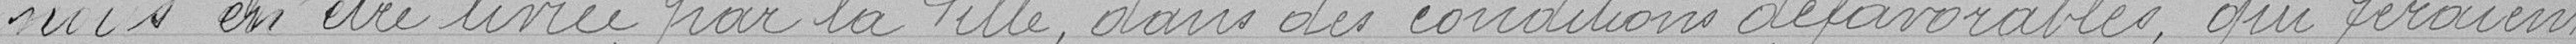
nous en être livrée par la Ville, dans des conditions défavorables, qui feraient